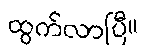
ထွက်လာပြီ။